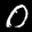
Label: 0